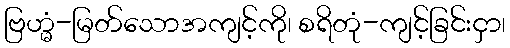
ဗြဟ္မံ-မြတ်သောအကျင့်ကို၊ စရိတုံ-ကျင့်ခြင်းငှာ၊